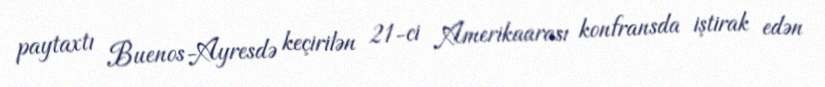
paytaxtı Buenos-Ayresdə keçirilən 21-ci Amerikaarası konfransda iştirak edən